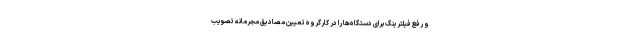
و رفع فیلترینگ برای دستگاه‌ها را در کارگروه تعیین مصادیق مجرمانه تصویب